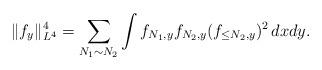
LaTeX: \begin{align*}\|f_y\|_{L^4}^4 = \sum\limits_{N_1\sim N_2}\int f_{N_1,y} f_{N_2,y} (f_{\leq N_2,y})^2\,dxdy.\end{align*}